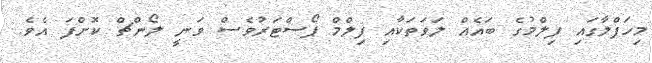
މިހަފްލާގައި ފިލްމުގެ ބައެއް ލަވަތަކާއި ފިލްމް ޕޯސްޓަރުވެސް ވަނީ ލޯންޗް ކޮށްފަ އެވެ.